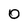
Character: O